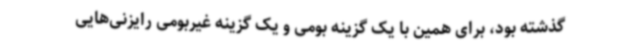
گذشته بود، برای همین با یک گزینه بومی و یک گزینه غیربومی رایزنی‌هایی